Bréfritari: Ragnheiður Daníelsdóttir
Viðtakandi: Daníel Halldórsson og Jakobína Magnúsdóttir
Dagsetning: A-1887-05-07
Skrifað á: Reykjavík  Gull.
Ragnheiður var dóttir Daníels og Jakobínu

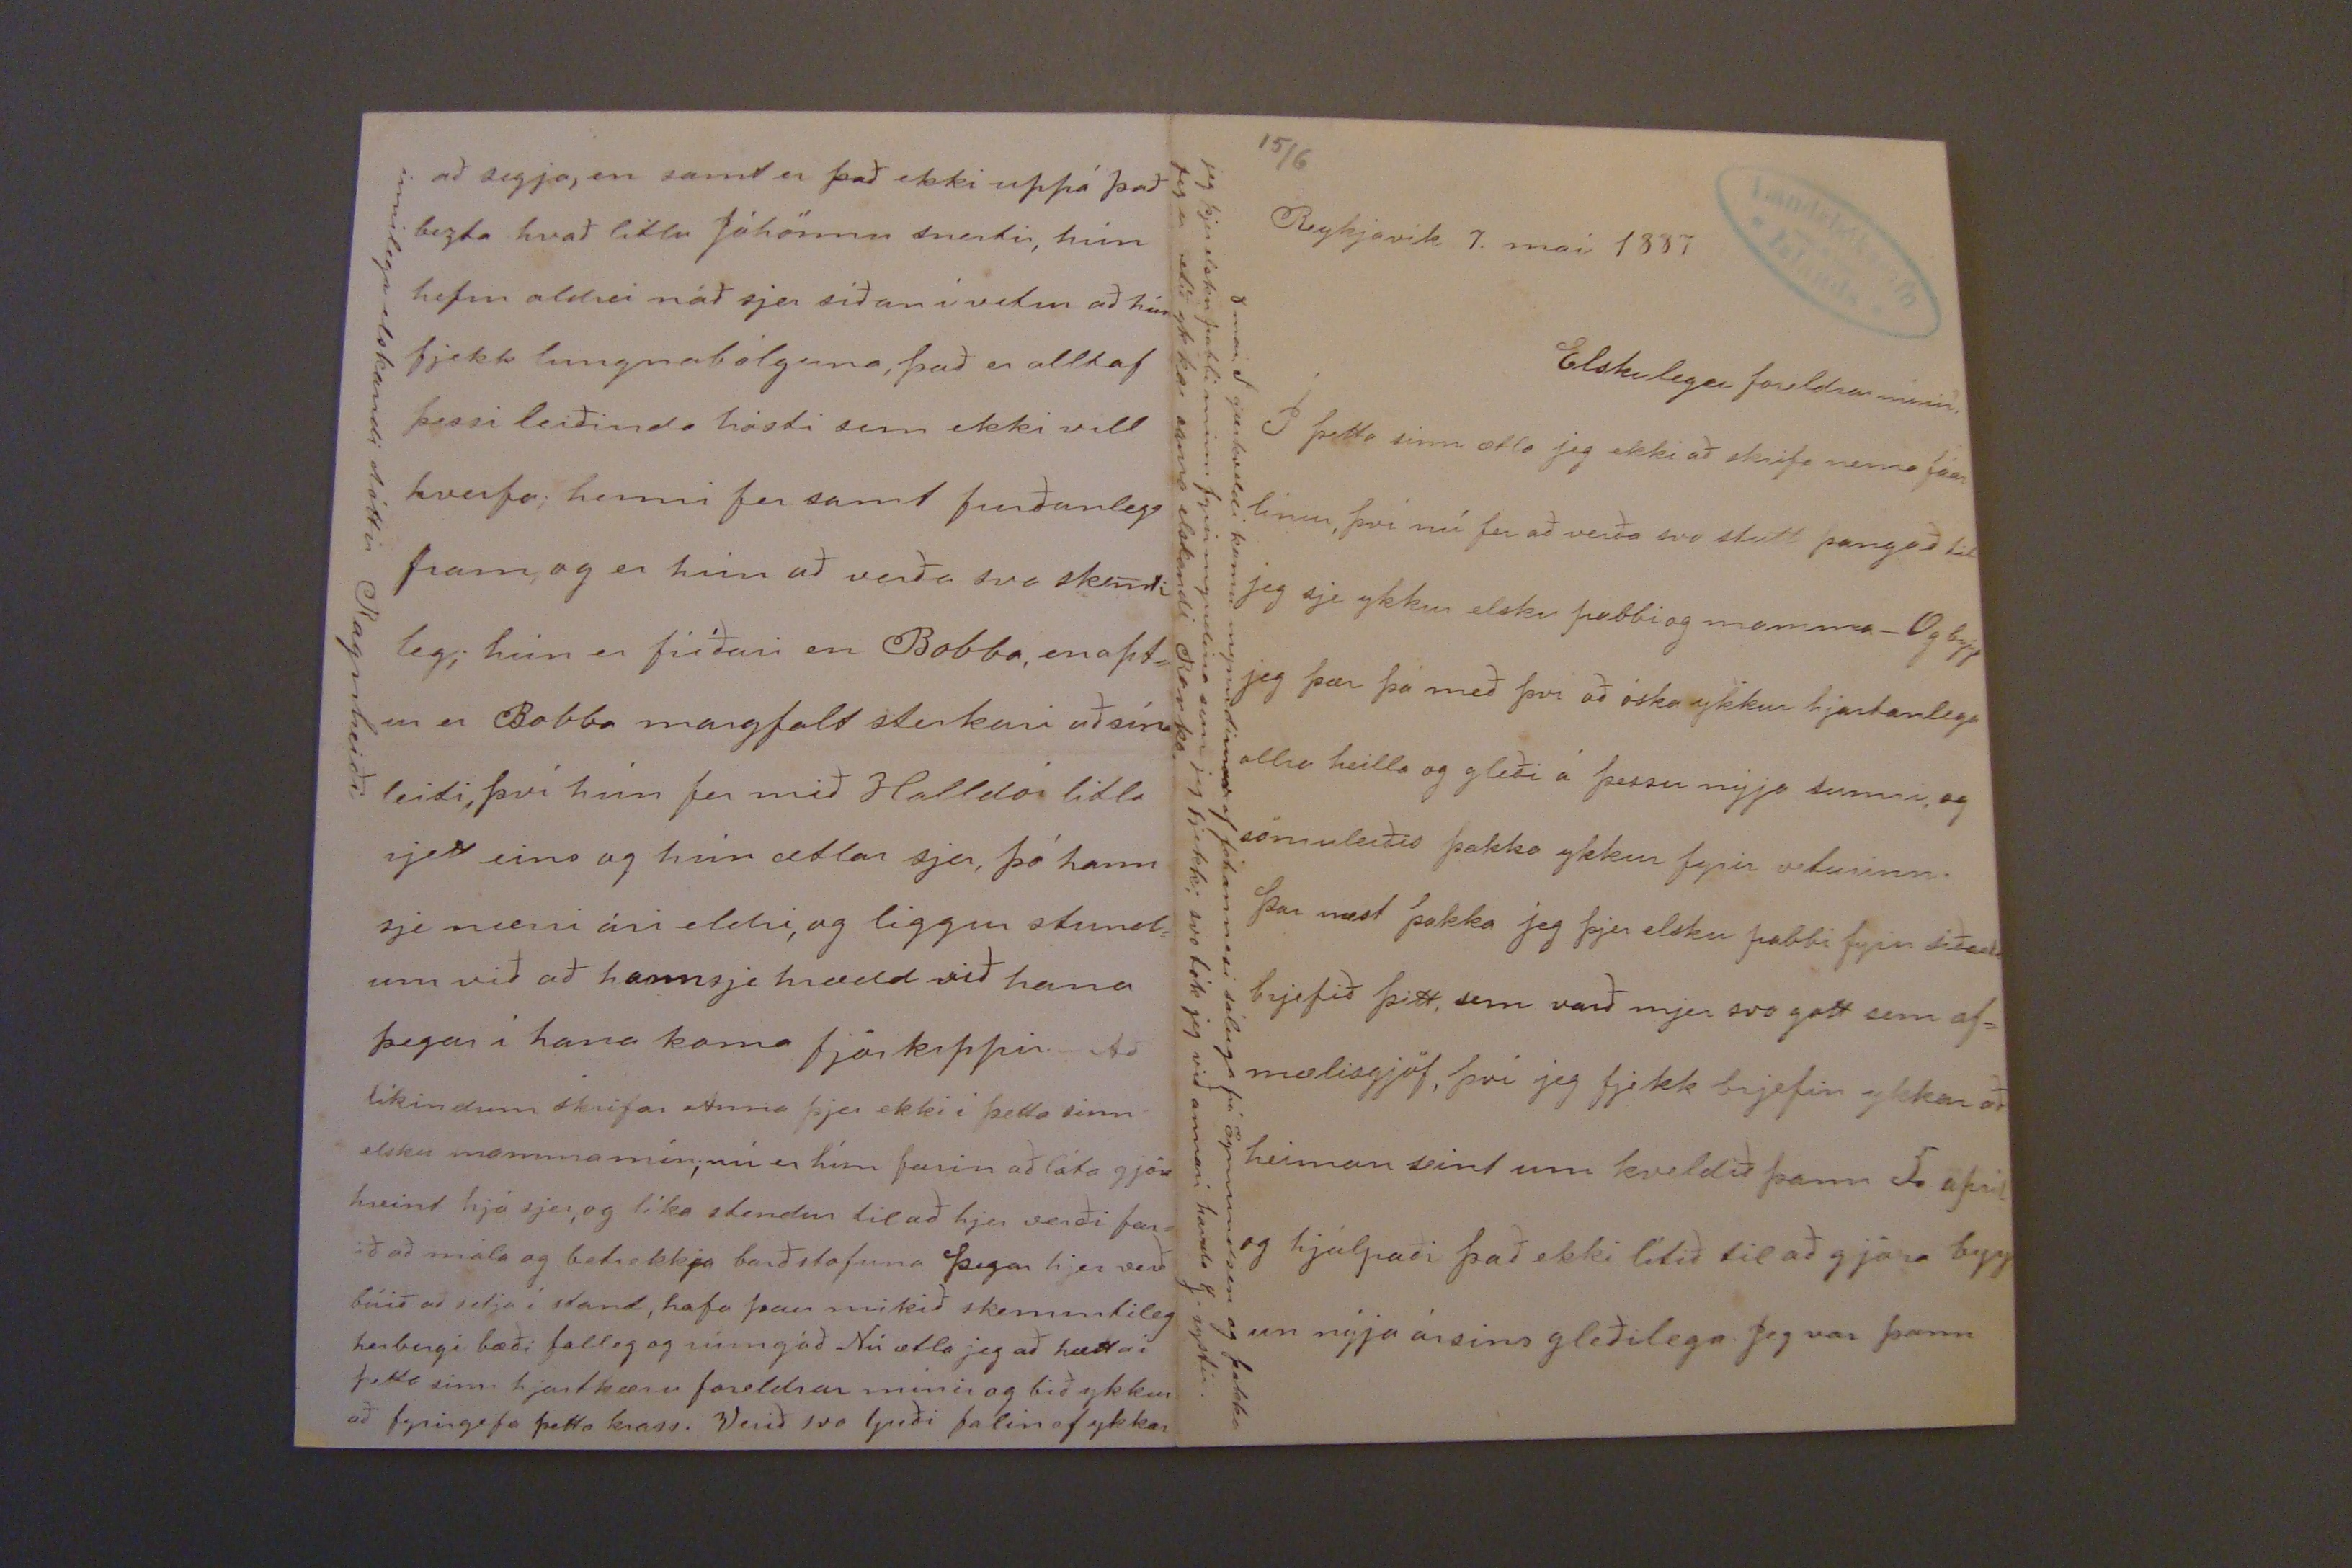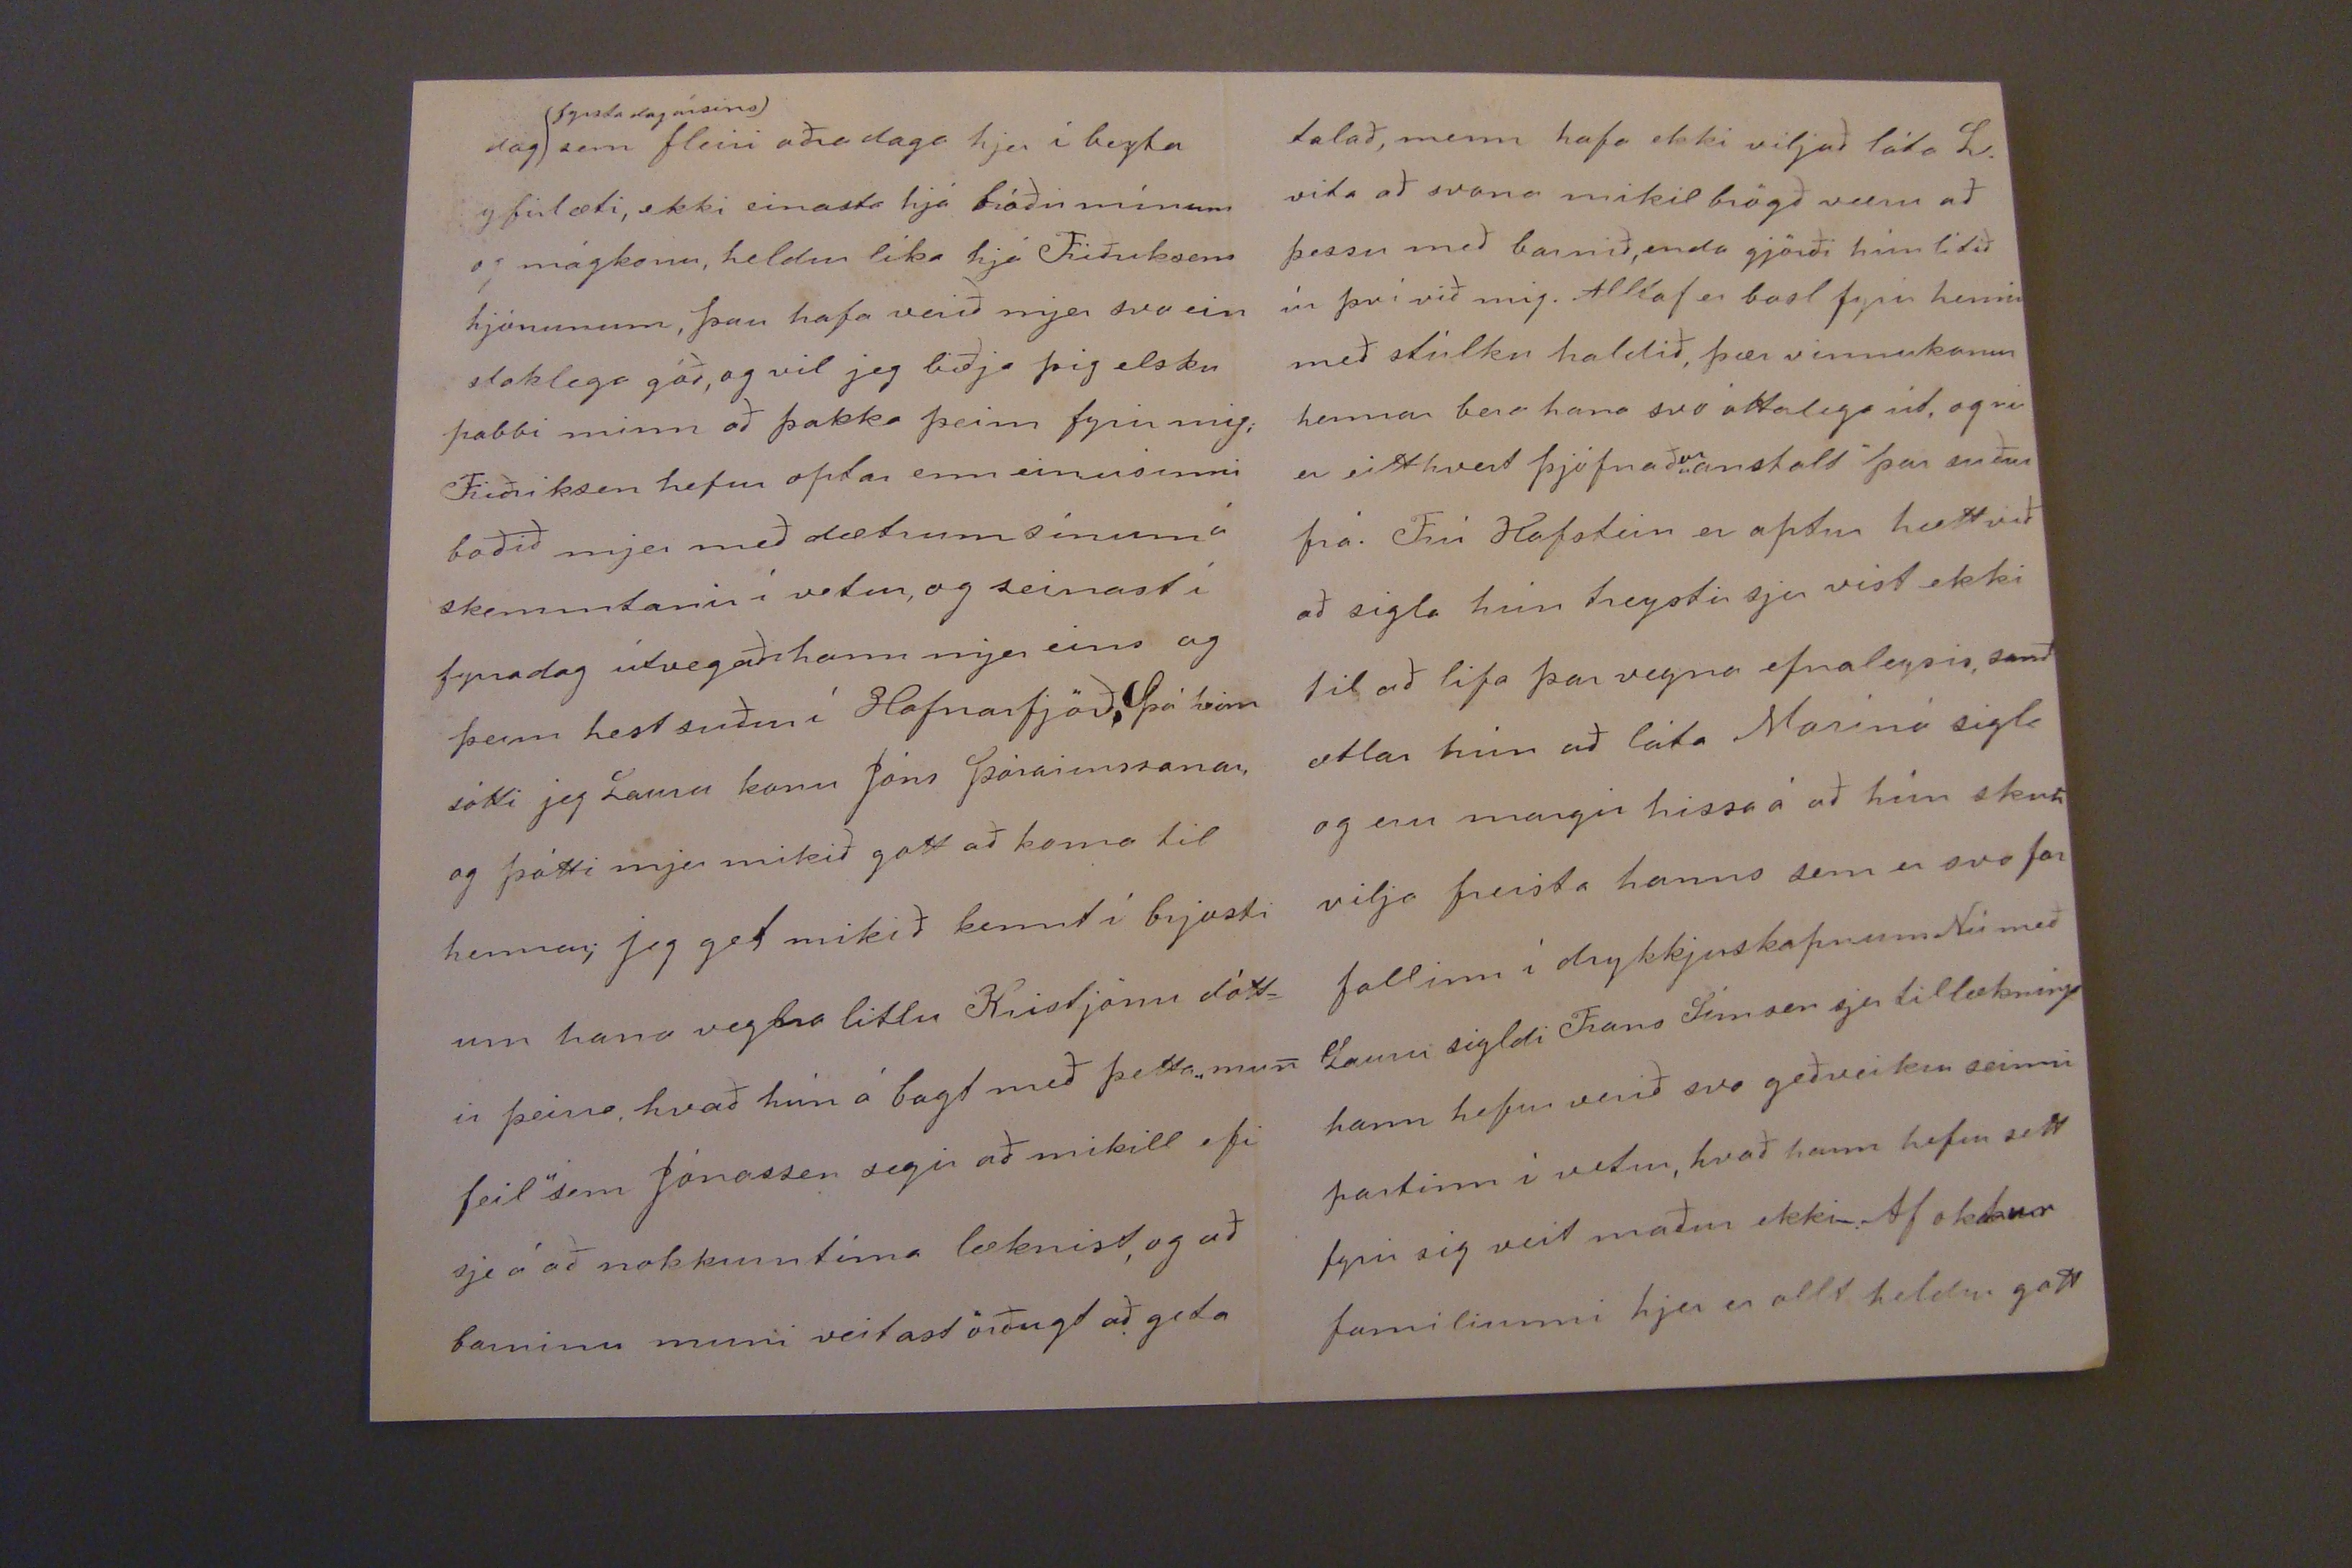

15/6
Reykjavík 7. maí 1887
Elskulegu foreldrar mínir!
Í þetta sinn ætla jeg ekki að skrifa nema fáar línur því nú fer að verða svo stutt þangað til jeg sje ykkur elsku pabbi og mamma_ Og
byrja
jeg þær þá með því að óska ykkur hjartanlega allra heilla og gleði á þessu nýja sumri, og sömuleiðis þakka ykkur fyrir veturinn. Þar næst þakka jeg þjer elsku pabbi fyrir síðasta brjefið þitt, sem varð mjer svo gott sem af= mælisgjöf, því jeg fjekk brjefin ykkar að heiman seint um kveldið þann 5. apríl og hjálpaði það ekki lítið til að gjöra byrj un nýja ársins gleðilega. Jeg var þann
9 maí. I gærkveldi komu mynndirnar af Jóhannesi sáluga frá Ögmundsen og þakka jeg þjer elsku pabbi minn fyrir myndina sem jeg fjekk; svo tók jeg við annari handa G. systir. Jeg er ætíð ykkar sama elskandi Ranka.
dag
(fyrsta dag ársins)
sem fleiri aðra daga hjer í bezta yfirlæti, ekki einasta hjá bróðir mínum og mágkonu, heldur líka hjá Friðriksens hjónunum, þau hafa verið mjer svo ein staklega góð, og vil jeg biðja þig elsku pabbi minn að þakka þeim fyrir mig; Friðriksen hefur optar enn einusinni boðið mjer með dætrum sínum á skemmtanir í vetur, og seinast í fyrradag útvegaði hann mjer eins og þeim hest suður í Hafnarfjöð. Þá heim sótti jeg Lauru konu Jóns Þórarinssonar, og þótti mjer mikið gott að koma til hennar; jeg get mikið kennt í brjosti um hana vegna litlu Kristjnu dótt= ir þeirra, hvað hún á bagt með þetta "mun feil" sem Jónassen segir að mikill efi sje á að nokkurn tíma læknist, og að barninu muni veitast örðugt að geta
talað, menn hafa ekki viljað láta L. vita að svona mikil brögð væru að þessu með barnið, enda gjörði hún lítið úr því við mig. Alltaf er basl fyrir henni með stúlku haldið, þær vinnukonur hennar bera hana svo óttalega út, og nú er eitthvert þjófnaðar
"anstalt"
þar suður frá. Frú Hafstein er aptur hætt við að sigla hún treystir sjer víst ekki til að lifa þar vegna efnaleysis, samt ætlar hún að láta Marinó sigla og eru margir hissa á að hún skuli vilja freista hanns sem er svo for fallinn í drykkjuskapnum Nú með Lauru sigldi Frans Símsen sjer til læknings hann hefur verið svo geðveikur seinni partinn í vetur, hvað hann hefur sett fyrir sig veit maður ekki_. Af okkur familiunni hjer er allt heldur gott
að segja, en samt er það ekki uppá það bezta hvað litlu Jóhönnu snertir, hún hefur aldrei náð sjer síðan í vetur að hún fjekk lungnabólguna, það er alltaf þessi leiðinda hósti sem ekki vill hverfa; henni fer samt furðanlega fram, og er hún að verða svo sk
indi
leg; hún er fríðari en Bobba, en apt= ur er Bobba margfalt sterkari að sínu leiti, því hún fer með Halldór litla rjett eins og hún ætlar sjer, þó hann sje nærri ári eldri, og liggur stund= um við að hann sje hrædd við hana þegar í hana koma fjörkippir._ Að líkindum skrifar Anna þjer ekki í þetta sinn elsku mamma mín; nú er hún farin að láta gjöra hreint hjá sjer, og líka stendur til að hjer verði far= ið að mála og betrekkja borðstofuna Þegar hjer verð búið að setja í stand, hafa þau mikið skemmtileg herbergi bæði falleg og rúmgóð Nú ætla jeg að hætta í þetta sinn hjartkæru foreldrar mínir og bið ykkur að fyrirgefa þetta krass. Verið svo Guði falin af ykkar
innilegu elskandi dóttir Ragnheiði